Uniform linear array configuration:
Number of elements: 16
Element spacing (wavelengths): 0.25
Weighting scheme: binomial
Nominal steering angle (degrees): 45
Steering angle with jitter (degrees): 44.59
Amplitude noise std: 0.05
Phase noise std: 0.05

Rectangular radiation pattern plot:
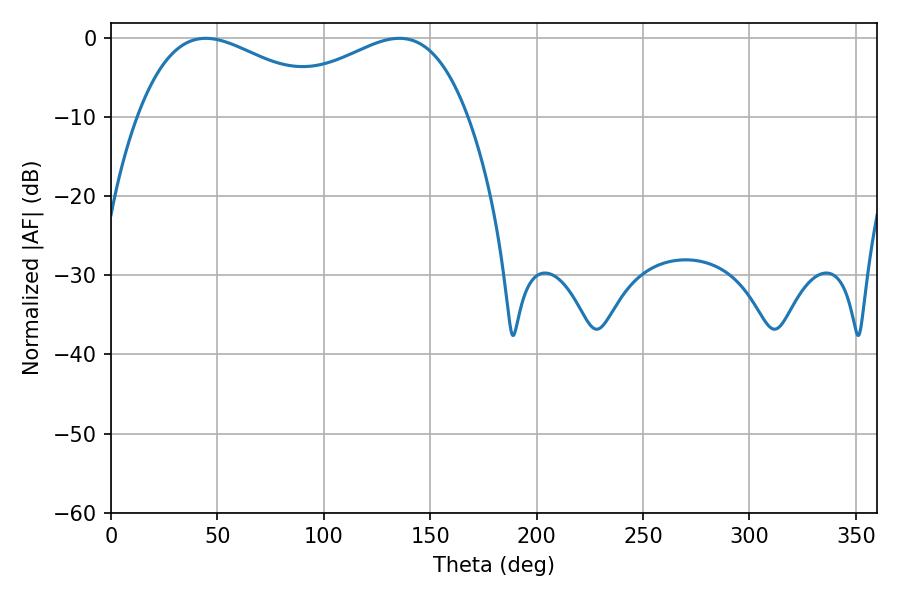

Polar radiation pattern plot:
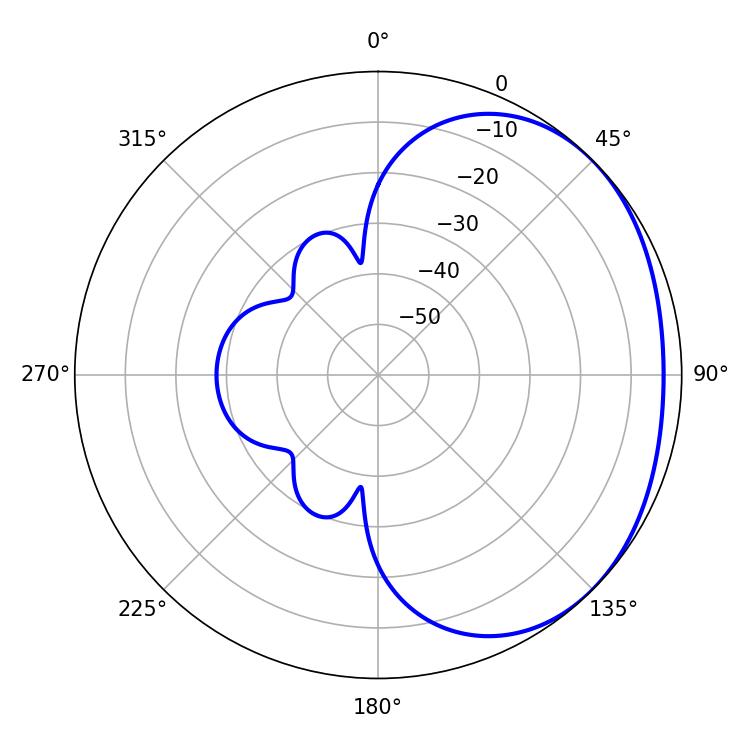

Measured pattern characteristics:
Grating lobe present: FALSE
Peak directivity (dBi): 1.863
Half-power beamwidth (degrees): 51.84
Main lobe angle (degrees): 44.46